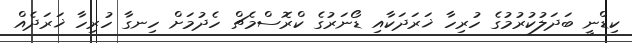
ކިޑްނީ ބަދަލުކުރުމުގެ ހުރިހާ ޚަރަދަކާއި ޑޯނަރުގެ ކްރޮސްމެޗް ހެދުމަށް ހިނގާ ހުރިހާ ޚަރަދެއް